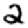
Digit: 2